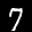
Label: 7